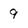
Character: 9